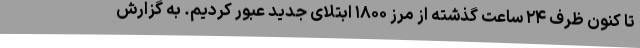
تا کنون ظرف ۲۴ ساعت گذشته از مرز ۱۸۰۰ ابتلای جدید عبور کردیم. به گزارش